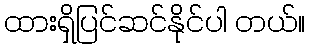
ထားရှိပြင်ဆင်နိုင်ပါ တယ်။